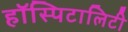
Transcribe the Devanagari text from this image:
हॉस्पिटालिटी